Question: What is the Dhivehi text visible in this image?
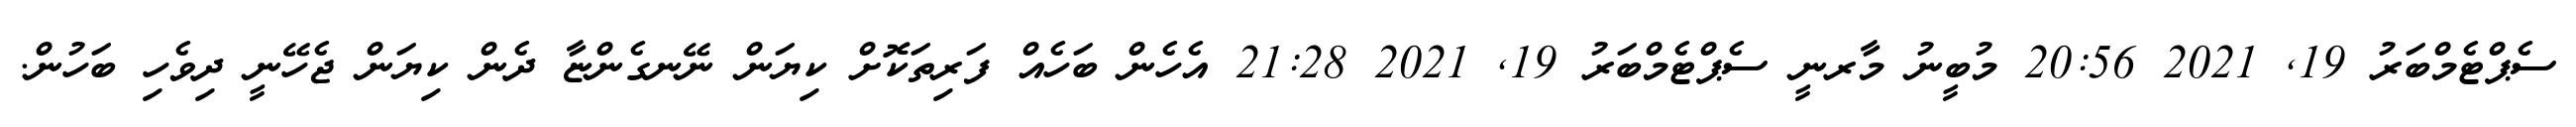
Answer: ސެޕްޓެމްބަރު 19, 2021 20:56 މުބީނު މާރނީ ސެޕްޓެމްބަރު 19, 2021 21:28 އެހެން ބަހެއް ފަރިތަކޮށް ކިޔަން ނޭނގެންޏާ ދެން ކިޔަން ޖެހޭނީ ދިވެހި ބަހުން.